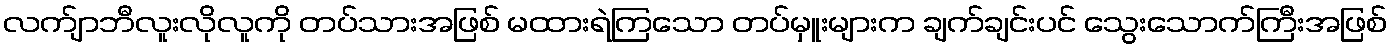
လက်ျာဘီလူးလိုလူကို တပ်သားအဖြစ် မထားရဲကြသော တပ်မှူးများက ချက်ချင်းပင် သွေးသောက်ကြီးအဖြစ်